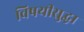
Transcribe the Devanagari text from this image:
विषयीसुद्धा